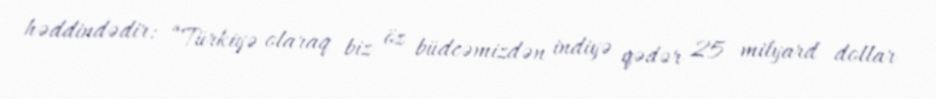
həddindədir: “Türkiyə olaraq biz öz büdcəmizdən indiyə qədər 25 milyard dollar